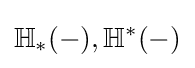
\mathbb {H} _{*}(-),\mathbb {H} ^{*}(-)